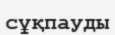
сұқпауды